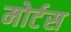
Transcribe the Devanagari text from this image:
मोर्टस